Calcutta medical institutions reports 1892-1900
Year: 1892
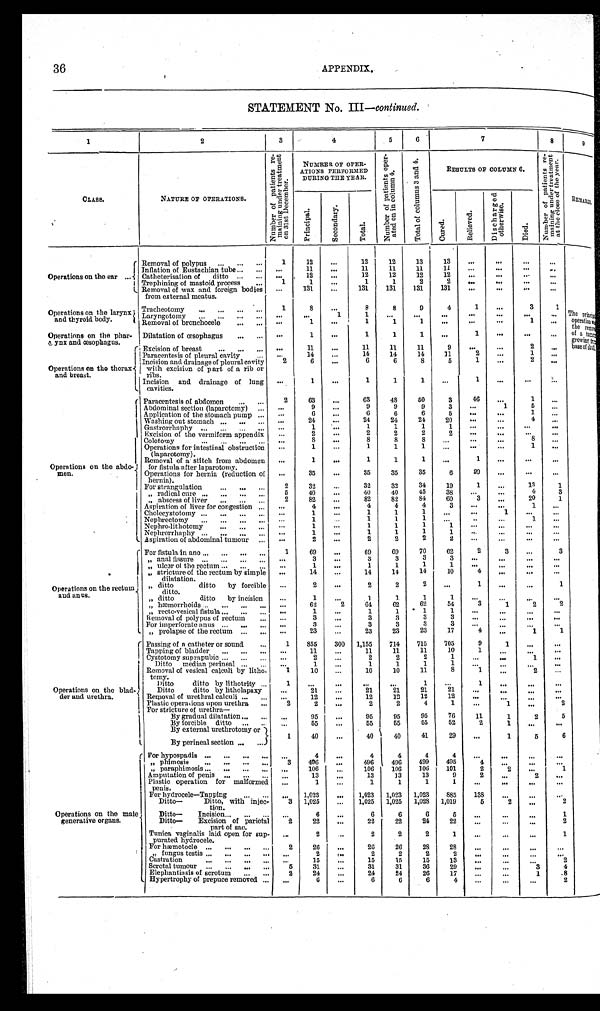
36APPENDIX.
STATEMENT No. III— continued.
1
2
3
4
5
6
7
8
9
CLASS.
NATURE OF OPERATIONS.
N u m b e r o f p a t i e n t s r e - m a i n i n g u n d e r t r e a t m e n t o n 3 1 s t D e c e m b e r .
NUMRER OF OPER-
A T I O N S P E R F O R M E D
DURING THE YEAR.
N u m b e r o f p a t i e n t s o p e r - a t e d o n i n c o l u m n 4 .
T o t a l o f c o l u m n s 3 a n d 4 .
RESULTS OF COLUMN 6.
N u m b e r o f p a t i e n t s r e - m a i n i n g u n d e r t r e a t m e n t a t t h e c l o s e o f t h e y e a r .
R E M A R K S .
C u r e d .
Di s c h a r g e d o t h e r wi s e .
D i e d .
T o t a l .
R e l i e v e d .
P r i n c i p a l .
S e c o n d a r y .
Operations on the ear . . .
Removal of polypus . . .
1
12
. . .
12
12
13
13
. . .
. . .
. . .
. . .
. . .
11
. . .
11
11
11
1 1
. . .
. . .
. . .
. . .
Inflation of Eustachian tube . . .
. . .
12
. . .
12
12
12
12
. . .
. . .
. . .
. . .
Catheterisation of ditto . . .
1
1
. . .
1
1
2
2
. . .
. . .
. . .
. . .
Trephining of mastoid process . . .
. . .
131
. . .
131
131
131
131
. . .
. . .
. . .
. . .
Removal of wax and foreign bodies
from external meatus.
Operations on the larynx
and thyroid body.
1
8
. . .
8
8
9
4
1
. . .
3
1
The principal
o p e r a t i o n w < i l l e g i b l e > t h e r e m o v e o f a t u m < i l l e g i b l e > g r o w i n g f r o m b a s e o f s k < i l l e g i b l e > l l .
Tracheotomy
. . .
. . .
. . .
1
1
. . .
. . .
. . .
. . .
. . .
. . .
. . .
Laryngotomy . . .
. . .
1
. . .
1
1
1
. . .
. . .
. . .
1
. . .
Removal of bronchocele . . .
Operations on the phar-
<illegible> ynx and œsophagus.
Dilatation of œsophagus . . .
. . .
1
. . .
1
1
1
. . .
1 . . .
. . .
. . .
Excision of breast . . .
. . .
11
. . .
11
11
11
9
. . .
. . .
2
. . .
Operations on the thorax
and breast.
. . .
14
. . .
14
14
14
11
2
. . .
1
. . .
Paracentesis of pleural cavity . . .
2
6
. . .
6
6
8
5
1 . . .
2
. . .
Incision and drainage of pleural cavity
with excision of part of a rib or
ribs.
. . .
1
. . .
1
1
1
. . .
1
. . .
. . .
. . .
Incision and drainage of lung
cavities.
Operations on the abdo-
men.
Paracentesis of abdomen . . .
2
63
. . .
63
48
50
3
46
. . .
1
. . .
5
. . .
9
. . .
9
9
9
3
. . .
1
. . .
Abdominal section (laparotomy) . . .
1
. . .
6
. . .
6
6
6
5
. . .
. . .
. . .
Application of the stomach pump . . .
4
. . .
24
. . .
24
24
24
20
. . .
. . .
. . .
Washing out stomach . . .
. . .
1
. . .
1
1
1
1
. . .
. . .
. . .
. . .
Gastrorrhaphy . . .
. . .
2
. . .
2
2
2
2
. . .
. . .
. . .
. . .
Excision of the vermiform appendix
8
. . .
8
. . .
8
8
8
. . .
. . .
. . .
. . .
Colotomy . . .
. . .
1
. . .
1
1
1
. . .
. . .
. . .
1
. . .
Operations for intestinal obstruction
(laparotomy).
. . .
1
. . .
1
1
1
. . .
1
. . .
. . .
. . .
Removal of a stitch from abdomen
for fistula after laparotomy.
. . .
35
. . .
35
35
35
6
29
. . .
. . .
. . .
Operations for hernia (reduction of
hernia).
2
32
. . .
32
32
34
19
1
. . .
13
1
For strangulation . . .
4
3
5
40
. . .
40
40
45
38
. . .
. . .
" radical cure . . .
84
20
1
82
60
82
2
82
. . .
3
. . .
" abscess of liver . . .
Aspiration of liver for congestion . . .
. . .
4
. . .
4
4
4
3
. . .
. . .
1
. . .
. . .
1
. . .
1
1
1
. . .
. . .
1
. . .
. . .
Cholecystotomy . . .
. . .
1
. . .
1
1
1
. . .
. . .
. . .
1
. . .
Nephrectomy . . .
. . .
1
. . .
1
1
1
1
. . .
. . .
. . .
. . .
Nephro-lithotomy . . .
. . .
1
. . .
1
1
1
1
. . .
. . .
. . .
. . .
Nephrorrhaphy . . .
. . .
2
. . .
2
2
2
2
. . .. . .
. . .
. . .
Aspiration of abdominal tumour . . .
Operations on the rectum
and anus.
For fistula in ano . . .
1
69
. . .
69
69
70
62
2
3
. . .
3
. . .
3
. . .
3
3
3
3
. . .
. . .
. . .
. . .
" anal fissure . . .
" ulcer of the rectum . . .
. . .
1
. . .
1
1
1
1
. . .
. . .
. . .
. . .
" s t r i c t u r e o f t h e r e c t u m b y s i m p l e
dilatation.
. . .
14
. . .
14
14
14
10
4
. . .
. . .
. . .
. . .
2
. . .
2
2
2
. . .
1
. . .
. . .
1
" ditto
di t t o by f or ci bl e di t t o.
. . .
1
. . .
1
1
1
1
. . .
. . .
. . .
. . .
" ditto ditto by incision
. . .
62
2
64
62
62
54
3
1 2
2
" hæmorrhoids . . .
. . .
1
. . .
1
1
1
1
. . .
. . .
. . .
. . .
" recto-vesical fistula . . .
. . .
3
. . .
3
3
3
3
. . .
. . .
. . .
. . .
Removal of polypus of rectum
. . .
. . .
3
. . .
3
3
3
3
. . .
. . . . . .
. . .
For imperforate anus . . .
. . .
23
. . .
23
23
23
17
4
. . .
1
1
" prolapse of the rectum . . .
Operations on the blad-
der and urethra.
Passing of a catheter or sound . . .
1
855
300
1,155
714
715
705
9
1
. . .
. . .
11
10
1
Tapping of bladder . . .
. . .
11
. . .
11
11
. . .
. . .
. . .
. . .
2
. . .
2
2
2
1
. . .
. . .
1
. . .
Cystotomy suprapubic . . .
. . .
1
. . .
1
1
1
1
. . .
. . .
. . .
.
. .
Ditto median perineal . . .
1
10
. . .
10
10
11
8
1
. . .
2
. . .
Removal of vesical calculi by litho-
tomy.
1
. . .
. . .
. . .
. . .
1
. . .
1
. . .
. . .
. . .
Ditto ditto by lithotrity . . .
Ditto ditto by litholapaxy
. . .
21
. . .
21
21
21
21
. . .
. . .
. . .
. . .
Removal
of urethral calculi . . .
. . .
12
. . .
12
12
12
12
. . .
. . .
. . .
. . .
1
Plastic operations upon urethra . . .
2
2
. . .
2
2
4
. . .
1
. . .
2
For stricture of urethra—
By gradual dilatation . . .
. . .
95
. . .
95
95
95
76
11
1
2
5
By forcible ditto . . .
. . .
55
. . .
55
55
55
52
2
1
. . .
. . .
By external urethrotomy or
By perineal section . . .
1
40
. . .
40
40
41
29
. . .
1
5
6
Operations on the male
generative organs.
For hypospadis . . .
. . .
4
. . .
4
4
4
4
. . .
. . .
. . .
. . .
3
496
. . .
496
496
499
495
4
. . .
. . .
. . .
" phimosis . . .
1
" paraphimosis . . .
. . .
1 0 6
. . .
106
106
106
101
2
2
. . .
. . .
13
. . .
13
13
13
9
2
. . .
2
. . .
Amputation of penis . . .
. . .
1
. . .
1
1
1
1
. . .
. . .
. . . . . .
Plastic operation for malformed
penis.
. . .
1,023
. . .
1,023
1,023
1,023
885
138
. . .
. . .
. . .
For hydrocele—Tapping . . .
2
Ditto— Ditto, with injec-
tion .
3
1,025
. . .
1,025
1,025
1,028
1,019
5
2
. . .
. . .
6
. . .
6
6
6
5
. . .
. . .
. . .
1
Ditto— Incision . . .
2
22
. . .
22
22
24
22
. . .
. . .
. . .
2
Ditto— Excision of parietal
part of sac.
. . .
2
. . .
2
2
2
1
. . .
. . .
. . .
1
Tunica vaginalis laid open for sup-
pur at ed hydr ocel e.
2
26
. . .
26
26
28
28
. . .
. . .
. . .
. . .
For hæmotocle . . .
" fungus testis . . .
. . .
2
. . .
2
2
2
2
. . .
. . .
. . .
. . .
Castration . . .
. . .
15
. . .
15
15
15
13
. . .
. . .
. . .
2
5
31
. . .
31
31
36
29
. . .
. . .
3
4
Scrotal tumour
. . .
Elephantiasis of scrotum . . .
2
24
. . .
24
24
26
17
. . .
. . .
1
8
Hypertrophy of prepuce removed . . .
. . .
6
. . .
6
6
6
4
. . .
. . .
. . .
2